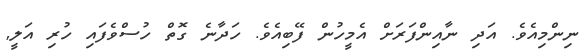
ނިންމިއެވެ. އަދި ނާއިންފަރަށް އެމީހުން ފޭބިއެވެ. ހަދާނެ ގޮތް ހުސްވެފައި ހުރި އަލީ